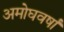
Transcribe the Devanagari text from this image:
अमोघवर्षा